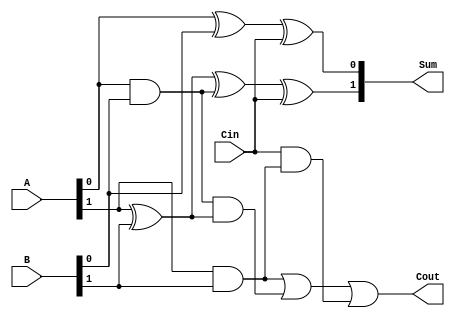
module carry_lookahead_adder (
    input [1:0] A,
    input [1:0] B,
    input Cin,
    output [1:0] Sum,
    output Cout
);

wire P, G, P0, P1, G0, G1;

assign P0 = A[0] ^ B[0];
assign G0 = A[0] & B[0];

assign P1 = A[1] ^ B[1];
assign G1 = A[1] & B[1];

assign P = P1 ^ G0;
assign G = G1 | (P1 & G0);

assign Sum[0] = A[0] ^ B[0] ^ Cin;
assign Sum[1] = P ^ Cin;

assign Cout = G1 | (G0 & P1) | (Cin & G1);

endmodule